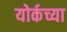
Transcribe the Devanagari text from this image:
योर्कच्या